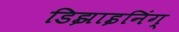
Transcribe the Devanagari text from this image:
डिझाइनिंग्